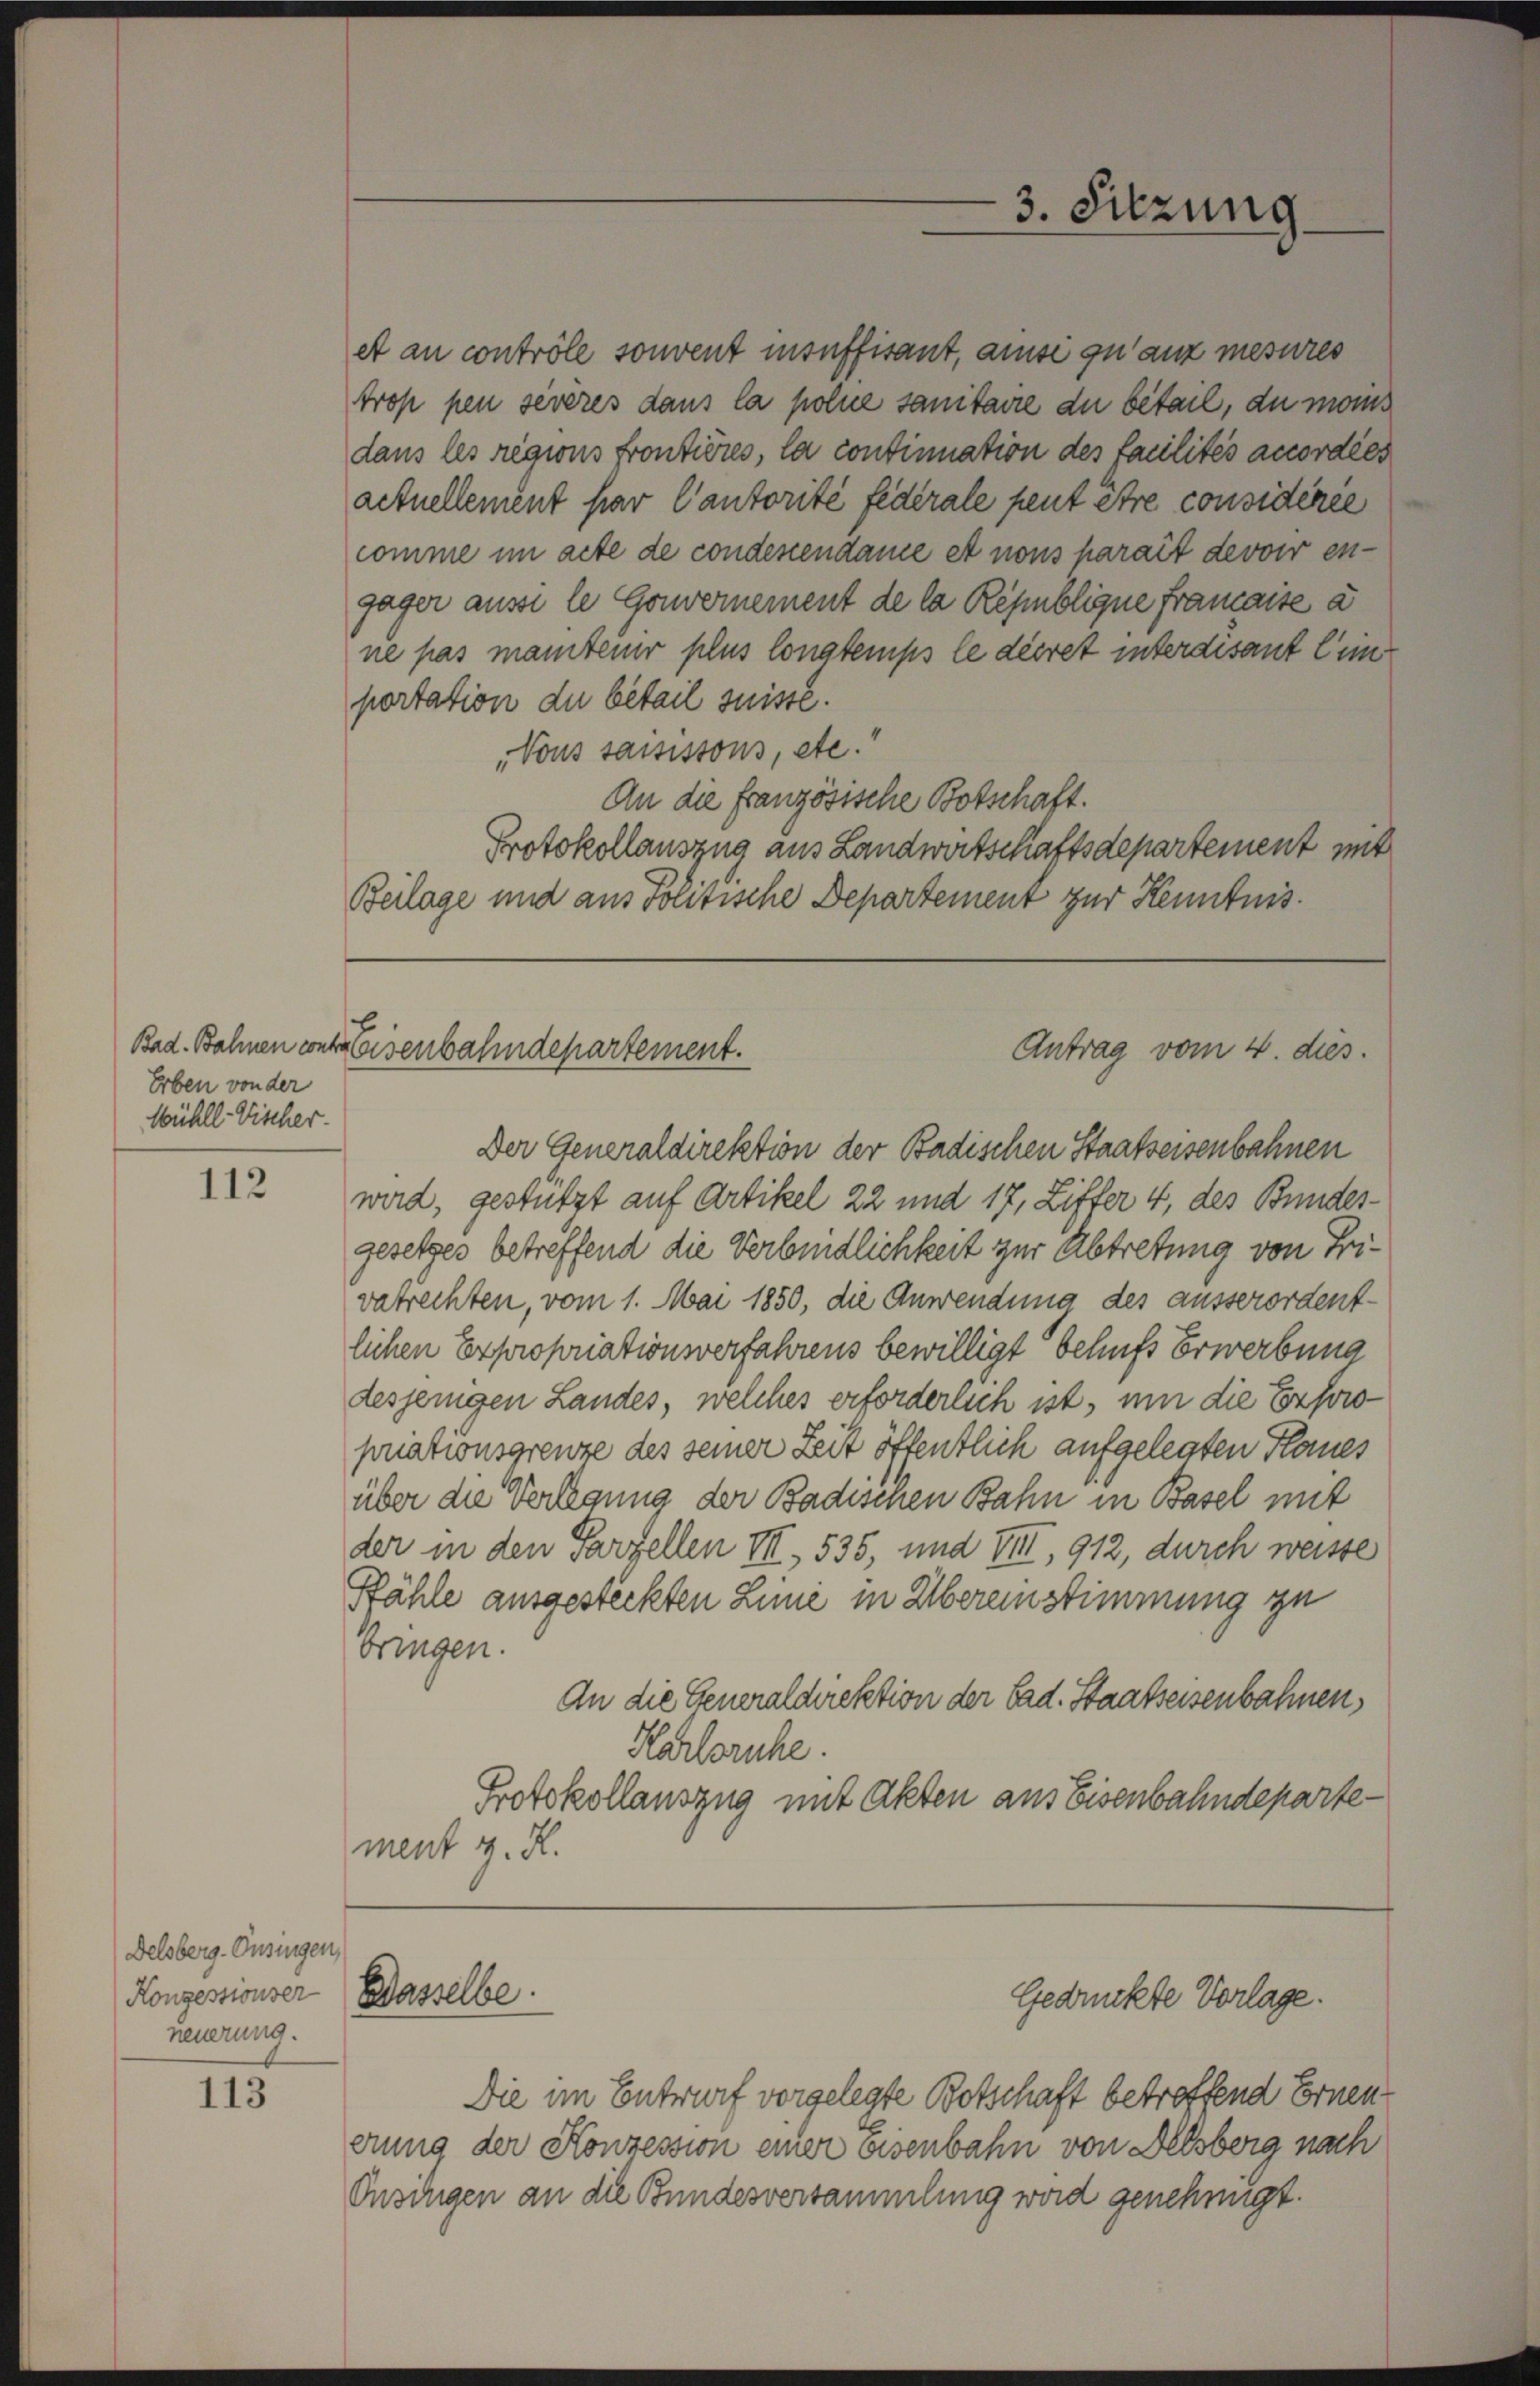
Erben von der
Wühll-Vischer.

112

Delsberg-Onsingen,
Konzessionser
neuerung.

113

3. Sitzung

et au contrôle souvent insuffisant, ause qu’aux mesures
trop pen sevères dans la polne sanitaire du bétail, du mons
dans les regions Frontières, la continuation des facilités accordies
actuellement par Cantorité fédérale peut être considérée
comme im acte de condescendame et nons parait devoir engager ausse le Gouvernement de la Républigne framaise a
ne pas mantenir plus longtemps le decret interdisant lim
portation du bétail suisse.
Vous saisissons, etc.
An die französische Botschaft.
Protokollauszug aus Landwirtschaftsdepartement mit
Beilage und aus Politische Departement zur Kenntnis.

Bad. Bahnen contreisenbahndepartement.
Antrag vom 4. dies.

Der Generaldirektion der Badischen Staatseisenbahnen
wird, gestützt auf Artikel 22 und 17, Ziffer 4, des Bundesgesetzes betreffend die Verbindlichkeit zur Abtretung von Frivatrechten, vom 1. Mai 1850, die Anwendung des ausserordentlichen Expropriationsverfahrens bewilligt behufs Erwerbung
desjenigen Landes, welches erforderlich ist, um die Erfordpriationsgrenze des seiner Zeit öffentlich aufgelegten Planes
über die Verlegung der Badischen Bahn in Basel mit
der in den Parzellen III., 535, und VIII, 912, durch weiste
Pfähle ausgesteckten Linie in Übereinstimmung zu
bringen.
An die Generaldirektion der bad. Staatseisenbahnen,
Karlsruhe.
Protokollauszug mit Akten aus Eisenbahndepartement z. R.

Dasselbe.

Gedrückte Vorlage.

Die im Entwurf vorgelegte Botschaft betreffend Ernenerung der Konzession einer Eisenbahn von Delsberg nach
Onsingen an die Bundesversammlung wird genehmigt.